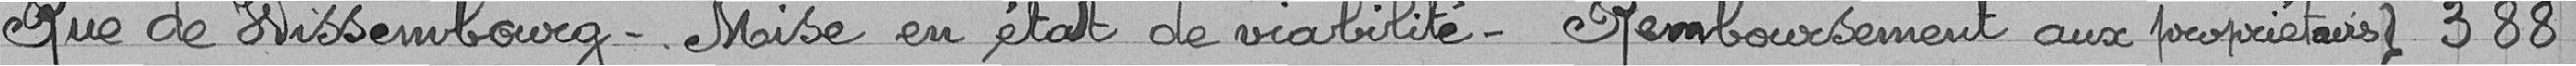
Rue de Wissembourg - Mise en état de viabilité - Remboursement aux propriétaires } 388